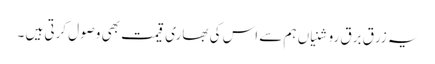
یہ زرق برق روشنیاں ہم سے اس کی بھاری قیمت بھی وصول کرتی ہیں ۔